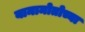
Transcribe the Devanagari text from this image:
यामामोतोच्या